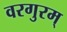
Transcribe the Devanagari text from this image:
वरगुरम्